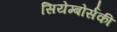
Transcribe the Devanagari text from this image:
सियेम्बोर्सकी